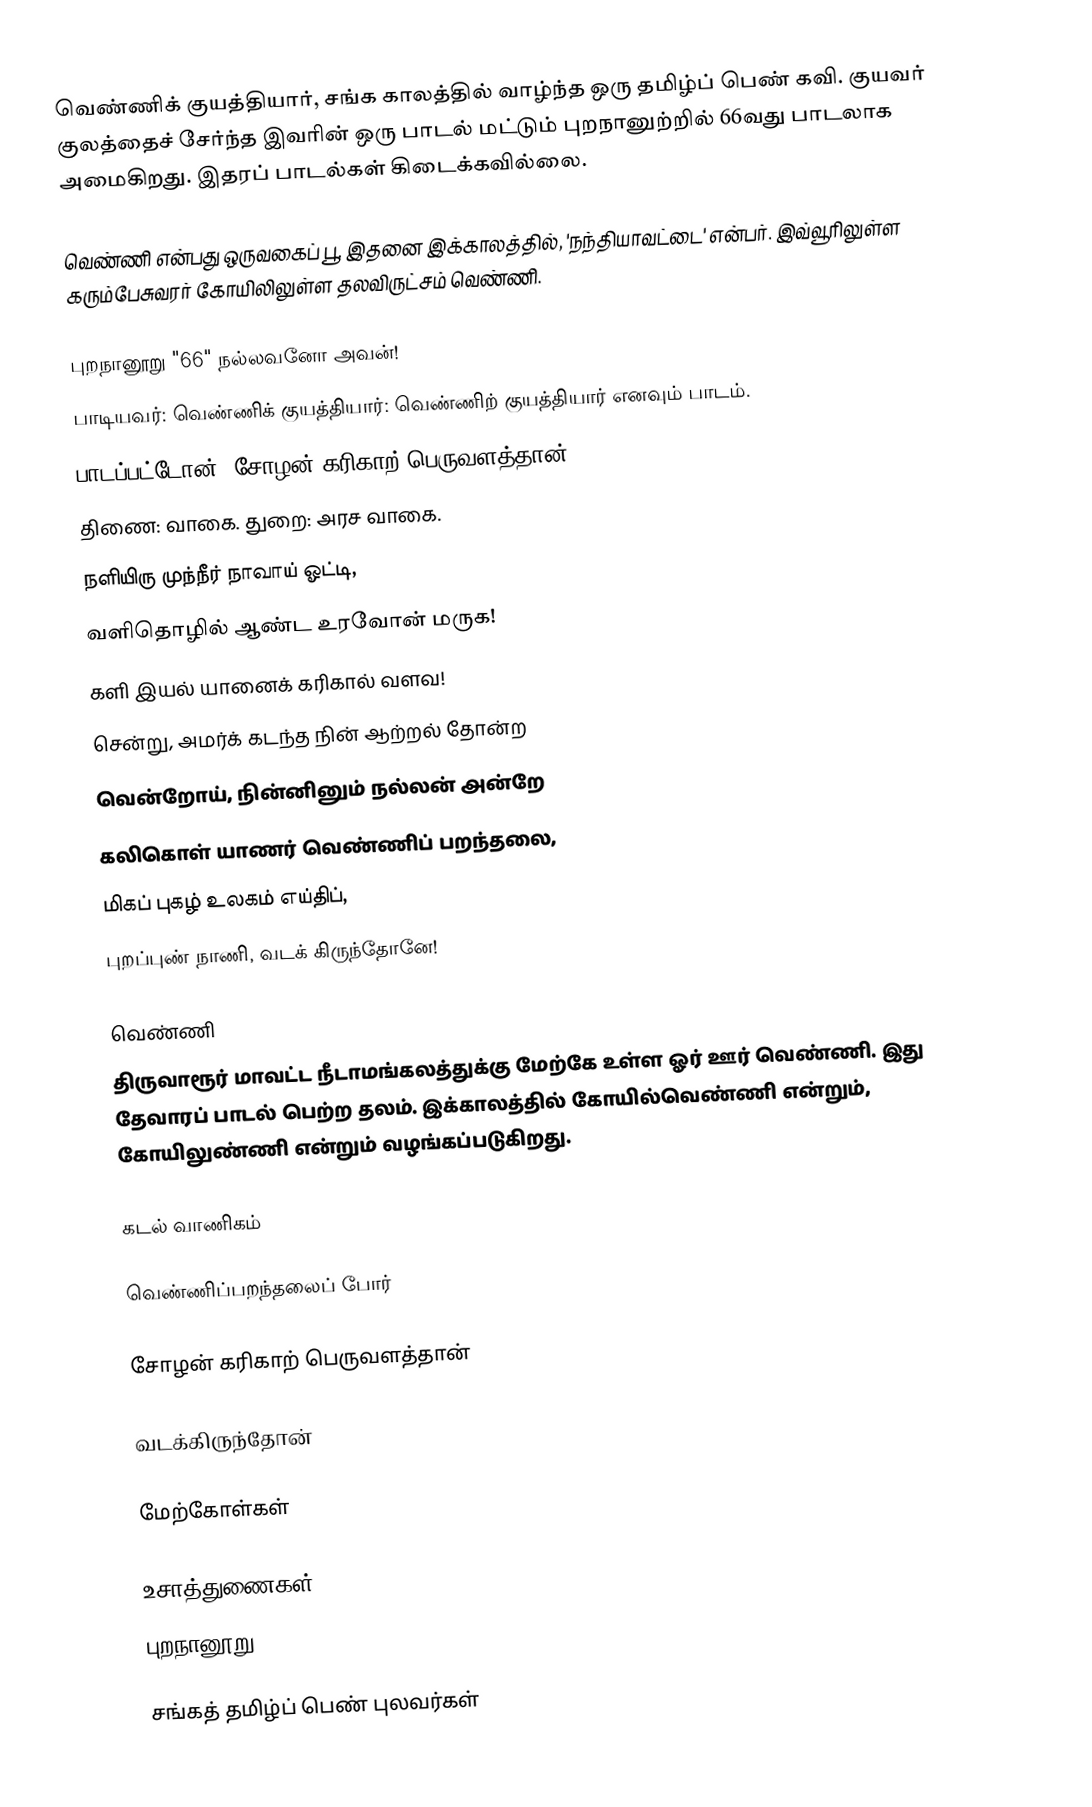
வெண்ணிக் குயத்தியார், சங்க காலத்தில் வாழ்ந்த ஒரு தமிழ்ப் பெண் கவி.   குயவர் குலத்தைச் சேர்ந்த இவரின் ஒரு பாடல் மட்டும் புறநானுற்றில் 66வது பாடலாக அமைகிறது.  இதரப் பாடல்கள் கிடைக்கவில்லை.

வெண்ணி என்பது ஒருவகைப் பூ. இதனை இக்காலத்தில், 'நந்தியாவட்டை' என்பர். இவ்வூரிலுள்ள கரும்பேசுவரர் கோயிலிலுள்ள தலவிருட்சம் வெண்ணி.

புறநானூறு "66" நல்லவனோ அவன்!
 பாடியவர்: வெண்ணிக் குயத்தியார்: வெண்ணிற் குயத்தியார் எனவும் பாடம்.
 பாடப்பட்டோன்: சோழன் கரிகாற் பெருவளத்தான்.
 திணை: வாகை. துறை: அரச வாகை.
 நளியிரு முந்நீர் நாவாய் ஓட்டி,
 வளிதொழில் ஆண்ட உரவோன் மருக!
 களி இயல் யானைக் கரிகால் வளவ!
 சென்று, அமர்க் கடந்த நின் ஆற்றல் தோன்ற
 வென்றோய், நின்னினும் நல்லன் அன்றே
 கலிகொள் யாணர் வெண்ணிப் பறந்தலை,
 மிகப் புகழ் உலகம் எய்திப்,
 புறப்புண் நாணி, வடக் கிருந்தோனே!

வெண்ணி
திருவாரூர்  மாவட்ட நீடாமங்கலத்துக்கு மேற்கே உள்ள ஓர் ஊர் வெண்ணி. இது தேவாரப் பாடல் பெற்ற தலம். இக்காலத்தில் கோயில்வெண்ணி என்றும், கோயிலுண்ணி என்றும் வழங்கப்படுகிறது.

கடல் வாணிகம்

வெண்ணிப்பறந்தலைப் போர்

சோழன் கரிகாற் பெருவளத்தான்

வடக்கிருந்தோன்

மேற்கோள்கள்

உசாத்துணைகள்
 புறநானூறு

சங்கத் தமிழ்ப் பெண் புலவர்கள்